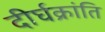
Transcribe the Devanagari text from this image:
दीर्घक्रांति